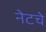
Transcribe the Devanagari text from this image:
नेटचे